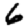
Digit: 6